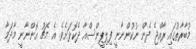
މުބާރާތުގައި ރާއްޖެ ދެން ނުކުންނާނީ ފިލިޕީންސްއާ ދެކޮޅަށެވެ. އެ މެޗު އޮންނާނީ މާދަމާ